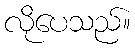
လိုပေသည်။